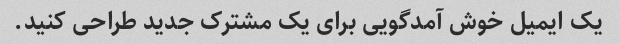
یک ایمیل خوش آمدگویی برای یک مشترک جدید طراحی کنید.